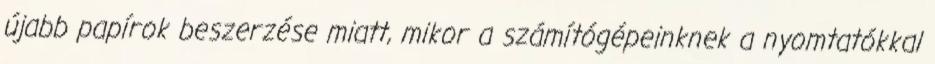
újabb papírok beszerzése miatt, mikor a számítógépeinknek a nyomtatókkal